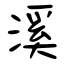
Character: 溪